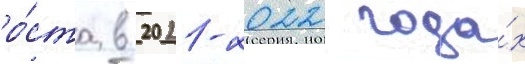
ро́ста в 2021-2022 года́х